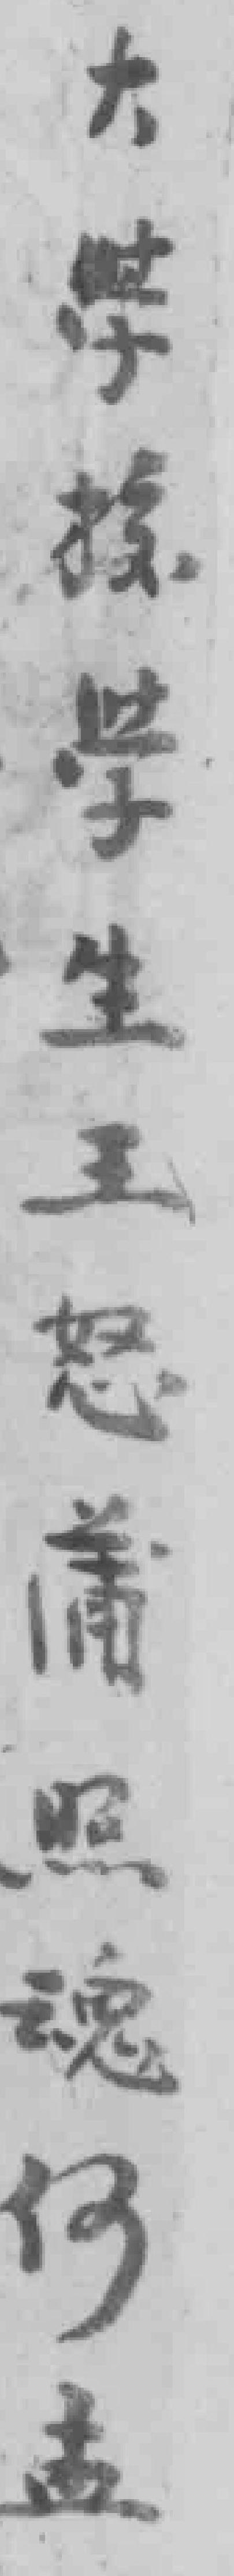
大学校学生王怒蒲照魂何孟